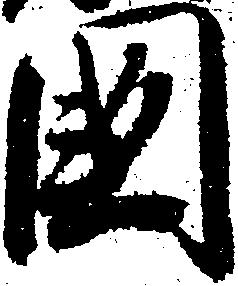
国